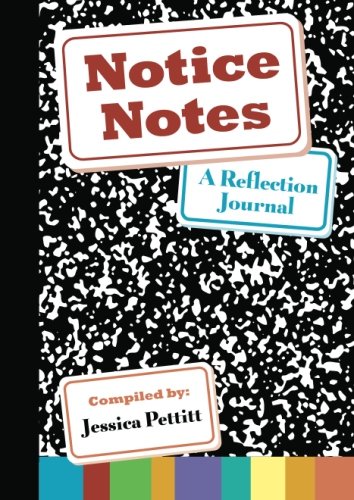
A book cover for Notice Notes: A Reflection Journal; Jessica Pettitt; Education & Teaching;